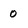
Character: 0